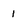
Character: i